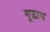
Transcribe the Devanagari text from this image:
गूढाय